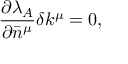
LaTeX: { } \frac { \partial \lambda _ { A } } { \partial \bar { n } ^ { \mu } } \delta k ^ { \mu } = 0 ,